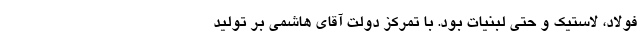
فولاد، لاستیک و حتی لبنیات بود. با تمرکز دولت آقای هاشمی بر تولید